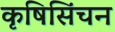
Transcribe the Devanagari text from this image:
कृषिसिंचन